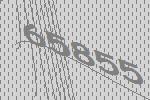
65855